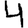
Digit: 4